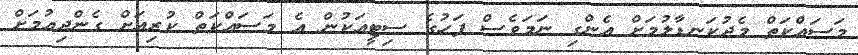
މަސައްކަތް މެދުކަނޑާލުމަށް އެންގި ނަމަވެސް ފަހުގެ ސިޓީއަކުން އެ މަސައްކަތް ކުރިއަށް ގެންދިއުމަށް